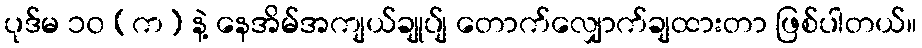
ပုဒ်မ ၁၀ (က) နဲ့ နေအိမ်အကျယ်ချုပ်ျ တောက်လျှောက်ချထားတာ ဖြစ်ပါတယ်။